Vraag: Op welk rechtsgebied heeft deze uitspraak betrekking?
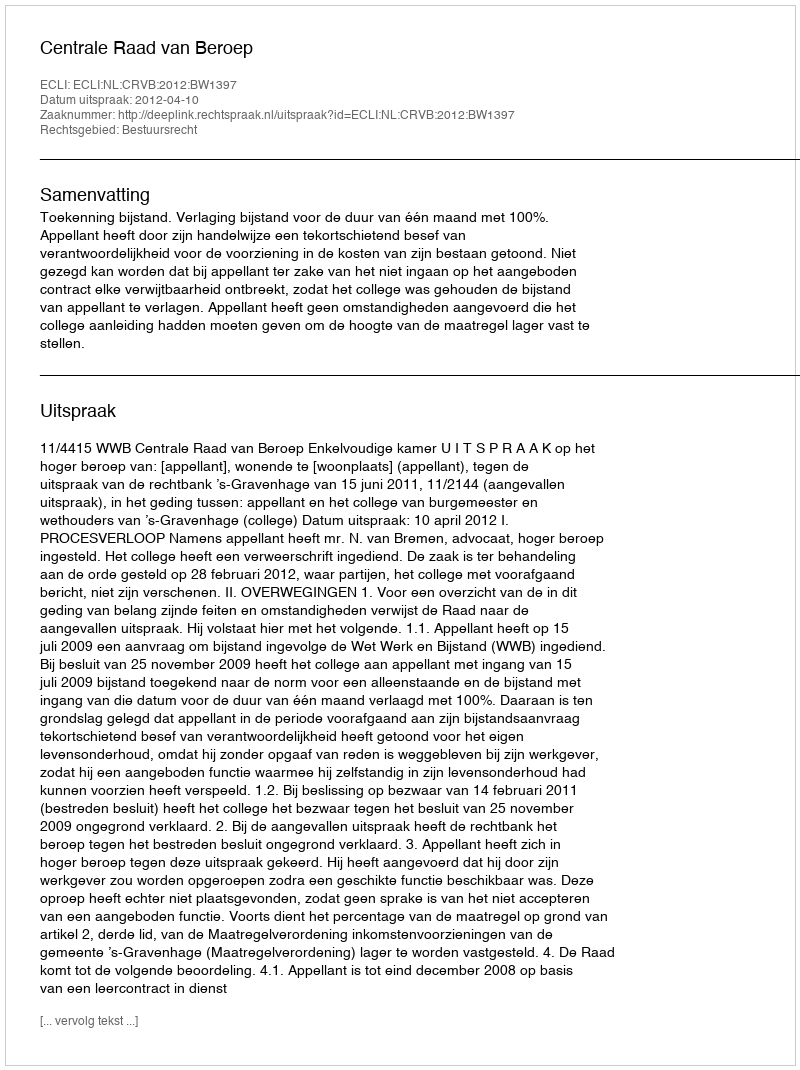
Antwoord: Bestuursrecht